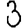
Digit: 3